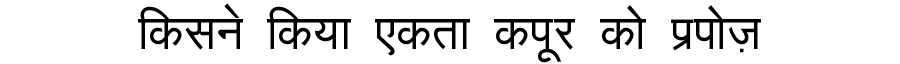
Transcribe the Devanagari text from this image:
किसने किया एकता कपूर को प्रपोज़